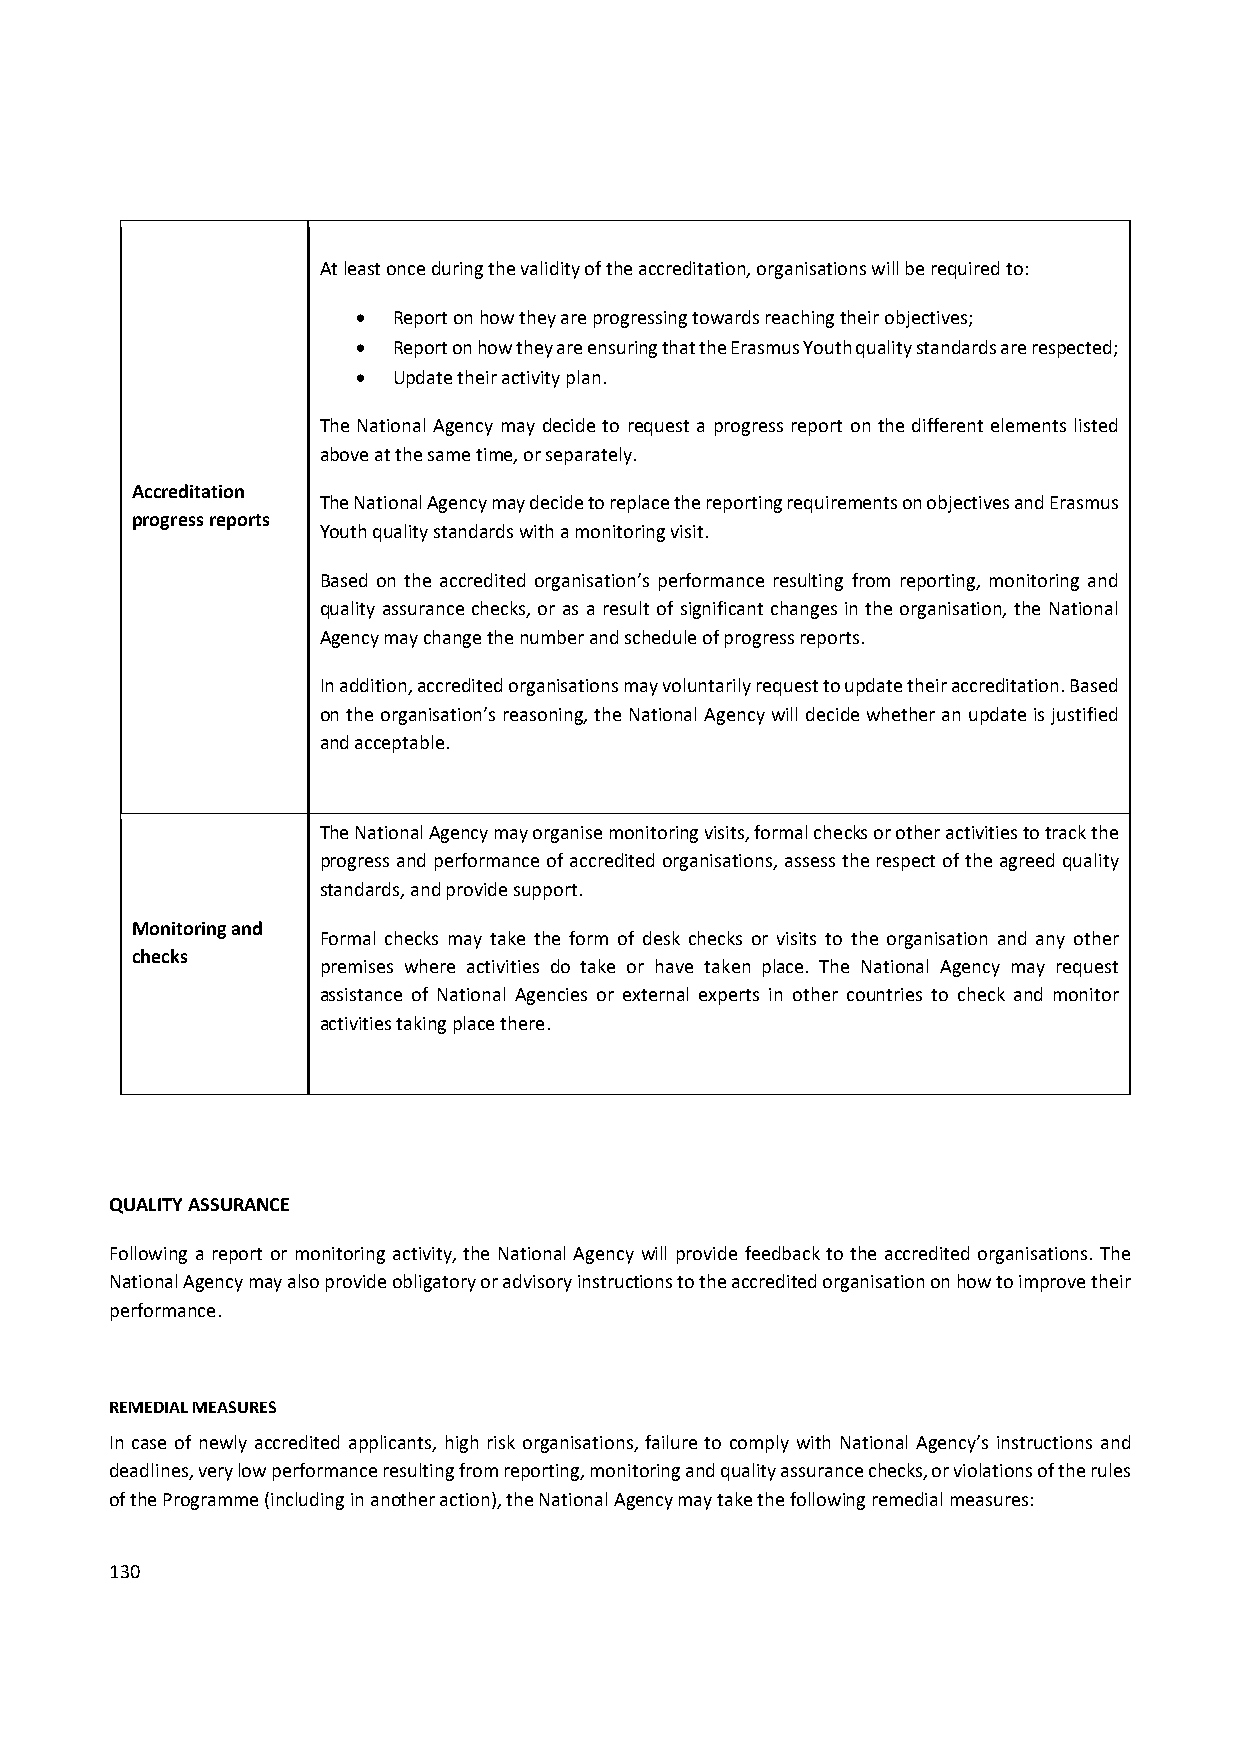
At least once during the validity of the accreditation, organisations will be required to:
  Report on how they are progressing towards reaching their objectives;
  Report on how they are ensuring that the Erasmus Youth quality standards are respected;
  Update their activity plan.
 The National Agency may decide to request a progress report on the different elements listed
 above at the same time, or separately.
 Accreditation
 The National Agency may decide to replace the reporting requirements on objectives and Erasmus
 progress reports
 Youth quality standards with a monitoring visit.
 Based on the accredited organisation’s performance resulting from reporting, monitoring and
 quality assurance checks, or as a result of significant changes in the organisation, the National
 Agency may change the number and schedule of progress reports.
 In addition, accredited organisations may voluntarily request to update their accreditation. Based
 on the organisation’s reasoning, the National Agency will decide whether an update is justified
 and acceptable.
 The National Agency may organise monitoring visits, formal checks or other activities to track the
 progress and performance of accredited organisations, assess the respect of the agreed quality
 standards, and provide support.
 Monitoring and
 Formal checks may take the form of desk checks or visits to the organisation and any other
 checks
 premises where activities do take or have taken place. The National Agency may request
 assistance of National Agencies or external experts in other countries to check and monitor
 activities taking place there.
 QUALITY ASSURANCE
 Following a report or monitoring activity, the National Agency will provide feedback to the accredited organisations. The
 National Agency may also provide obligatory or advisory instructions to the accredited organisation on how to improve their
 performance.
 REMEDIAL MEASURES
 In case of newly accredited applicants, high risk organisations, failure to comply with National Agency’s instructions and
 deadlines, very low performance resulting from reporting, monitoring and quality assurance checks, or violations of the rules
 of the Programme (including in another action), the National Agency may take the following remedial measures:
 130